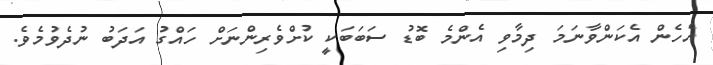
އެހެން އެކަންވާނަމަ ދިމާވި އެންމެ ބޮޑު ސަބަބަކީ ކުށްވެރިންނަށް ހައްގު އަދަބު ނުދެވުމެވެ.